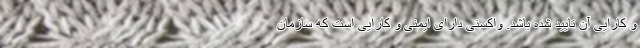
و کارایی آن تایید شده باشد. واکسنی دارای ایمنی و کارایی است که سازمان